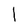
Character: l